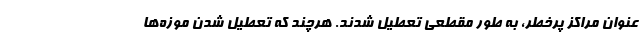
عنوان مراکز پرخطر، به طور مقطعی تعطیل شدند. هرچند که تعطیل شدن موزه‌ها